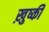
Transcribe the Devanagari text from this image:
ख़ुष्की